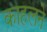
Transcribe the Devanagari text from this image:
काहलने